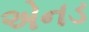
એનડ